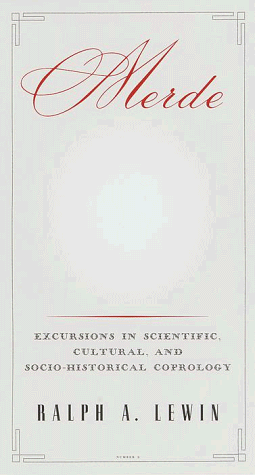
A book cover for Merde: Excursions in Scientific, Cultural, and Socio-Historical Coprology; Ralph A. Lewin; Science & Math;